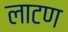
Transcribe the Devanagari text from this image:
लाटण